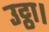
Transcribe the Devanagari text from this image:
उट्ठा।